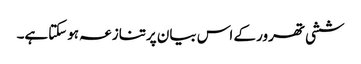
ششی تھرور کے اس بیان پرتنازعہ ہوسکتاہے۔